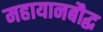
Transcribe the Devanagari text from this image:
महायानबौद्ध